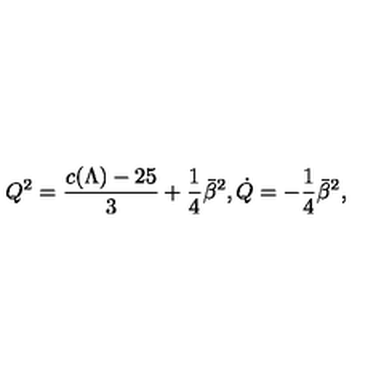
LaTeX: Q ^ { 2 } = { \frac { c ( \Lambda ) - 2 5 } { 3 } } + { \frac { 1 } { 4 } } \bar { \beta } ^ { 2 } , \dot { Q } = - { \frac { 1 } { 4 } } \bar { \beta } ^ { 2 } ,